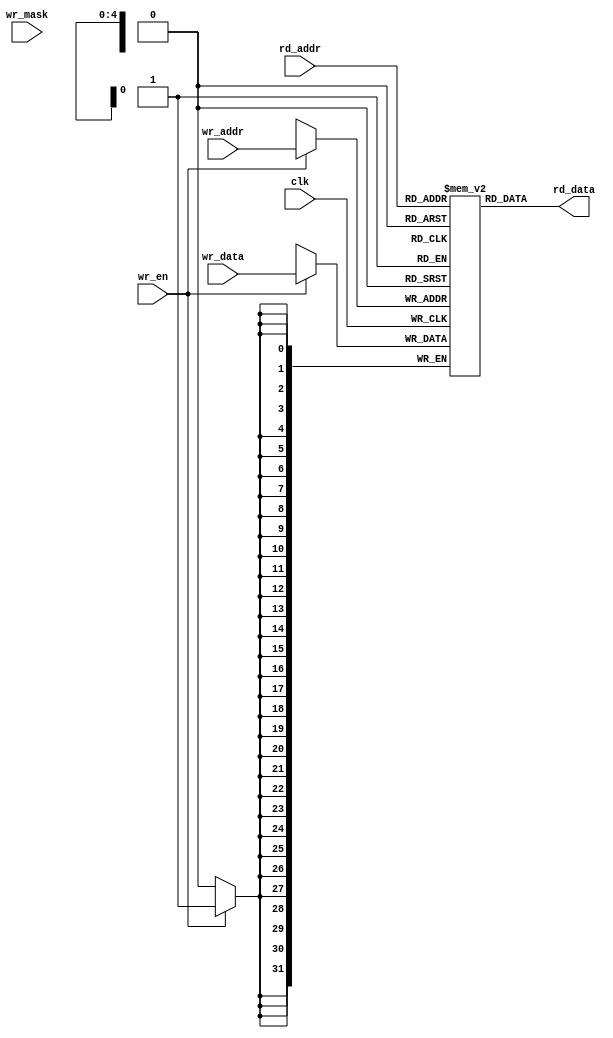
// This program was cloned from: https://github.com/buncram/cram-soc
// License: CERN Open Hardware Licence Version 2 - Weakly Reciprocal

// Coded very narrowly to meet the spec of the register file generated for the VexRiscv core.

`resetall
`timescale 1ns / 1ps
`default_nettype none

module Ram_1w_1ra #(
    parameter wordCount = 32,
    parameter wordWidth = 32,
    parameter technology = "auto", // not used
    parameter readUnderWrite = "dontCare",
    parameter wrAddressWidth = 5,
    parameter wrDataWidth = 32,
    parameter wrMaskWidth = 1,
    parameter wrMaskEnable = 0,
    parameter rdAddressWidth = 5,
    parameter rdDataWidth = 32
)
(
    input  wire                             clk,
    input  wire                             wr_en,
    input  wire                             wr_mask,
    input  wire [wrAddressWidth - 1:0]      wr_addr,
    input  wire [wrDataWidth - 1:0]         wr_data,
    input  wire [rdAddressWidth - 1:0]      rd_addr,
    output reg  [rdDataWidth - 1:0]         rd_data
);

initial begin
    if (readUnderWrite != "dontCare") begin
        $error("This implementation only handles readUnderWrite == dontCare");
    end
    if (wrDataWidth != rdDataWidth) begin
        $error("This implementation only handles wrDataWidth == rdDataWidth");
    end
    if (wrAddressWidth != rdAddressWidth) begin
        $error("This implementation only handles wrAddressWidth == rdAddressWidth");
    end
    if (wrMaskWidth != 1) begin
        $error("This implementation only handles wrMaskWidth == 1");
    end
end

parameter RAM_DATA_WIDTH = wrDataWidth;
parameter RAM_ADDR_WIDTH = wrAddressWidth;

reg [RAM_DATA_WIDTH-1:0] mem[(2**RAM_ADDR_WIDTH)-1:0];

integer i, j;

initial begin
    for (i = 0; i < 2**RAM_ADDR_WIDTH; i = i + 2**(RAM_ADDR_WIDTH/2)) begin
        for (j = i; j < i + 2**(RAM_ADDR_WIDTH/2); j = j + 1) begin
            mem[j] = 0;
        end
    end
end

always @* begin
    rd_data = mem[rd_addr];
end

always @(posedge clk) begin
    if (wr_en == 1'b1) begin
        mem[wr_addr] <= wr_data;
    end
end

endmodule

`resetall